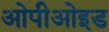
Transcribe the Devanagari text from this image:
ओपीओइड